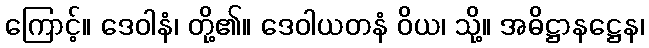
ကြောင့်။ ဒေဝါနံ၊ တို့၏။ ဒေဝါယတနံ ဝိယ၊ သို့။ အဓိဋ္ဌာနဋ္ဌေန၊